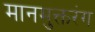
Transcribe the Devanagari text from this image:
मानमुक्तरंग